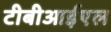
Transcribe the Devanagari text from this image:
टीबीआईएल